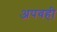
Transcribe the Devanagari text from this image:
अपवही